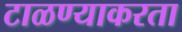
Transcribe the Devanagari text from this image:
टाळण्याकरता